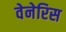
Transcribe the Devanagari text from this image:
वेनेरिस